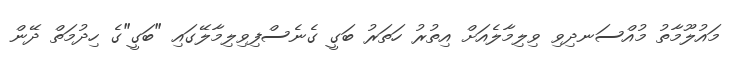
މައުލޫމާތު މުއްސަނދިވި ވިލިމާލެއަށް އިތުރު ހަތަރު ބަގީ ގެނެސްފިވިލިމާލޭގައި "ބަގީ"ގެ ހިދުމަތް ދޭން